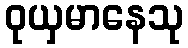
ဝုယှမာနေသု